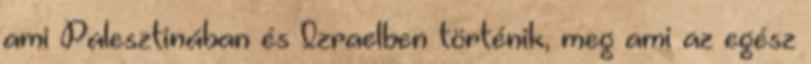
ami Palesztinában és Izraelben történik, meg ami az egész